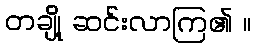
တချို့ ဆင်းလာကြ၏ ။